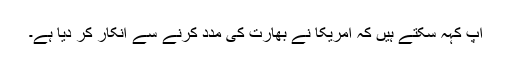
آپ کہہ سکتے ہیں کہ امریکا نے بھارت کی مدد کرنے سے انکار کر دیا ہے۔